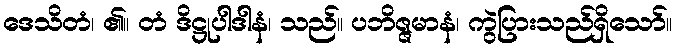
ဒေသိတံ၊ ၏။ တံ ဒိဋ္ဌုပါဒါနံ၊ သည်။ ပဘိဇ္ဇမာနံ၊ ကွဲပြားသည်ရှိသော်။